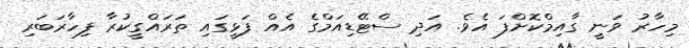
މިހާރު ވަނީ ގާއިމްކޮށްފަ އެވެ. އަދި ސްޓޭޑިއަމްގެ އެއް ފަޅީގައި ތަރައްގީކުރާ ފިހާރަބަރި